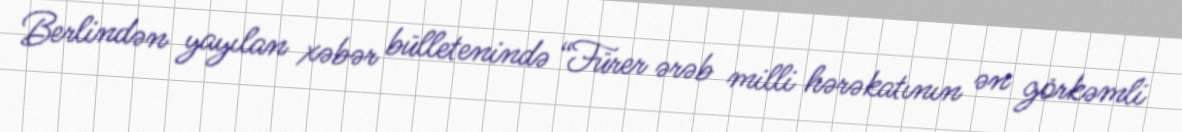
Berlindən yayılan xəbər bülletenində “Fürer ərəb milli hərəkatının ən görkəmli